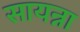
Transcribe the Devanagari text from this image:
सायन्ना